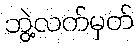
ဘွဲ့လက်မှတ်